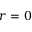
r = 0